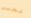
نحسن